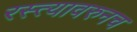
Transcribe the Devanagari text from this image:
रस्त्यावरुनच